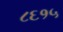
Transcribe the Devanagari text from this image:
८६१५